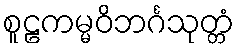
စူဠကမ္မဝိဘင်္ဂသုတ္တံ